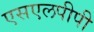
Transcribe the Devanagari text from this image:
एसएलपीपी